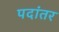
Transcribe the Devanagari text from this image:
पदांतर